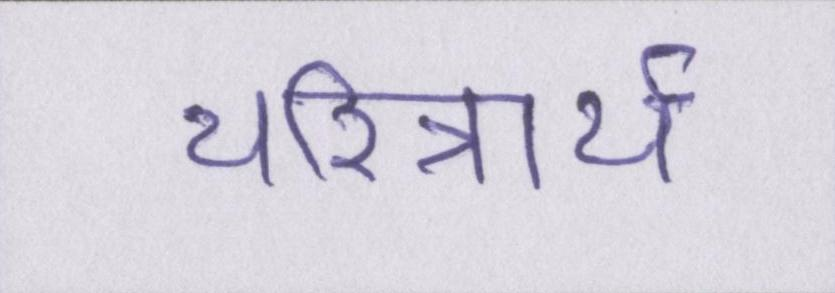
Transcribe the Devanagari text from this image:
चरित्रार्थ